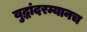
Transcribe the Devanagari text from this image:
युद्धांदरम्यानच